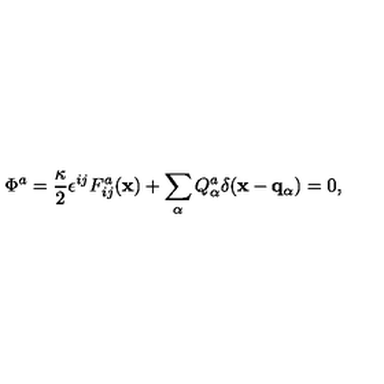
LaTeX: \Phi ^ { a } = { \frac { \kappa } { 2 } } \epsilon ^ { i j } F _ { i j } ^ { a } ( { \bf x } ) + \sum _ { \alpha } Q _ { \alpha } ^ { a } \delta ( { \bf x } - { \bf q } _ { \alpha } ) = 0 ,